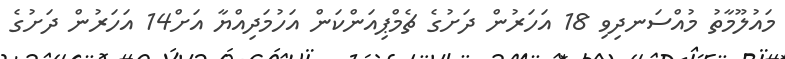
މައުލޫމާތު މުއްސަނދިވި 18 އަހަރުން ދަށުގެ ޗެމްޕިއަންކަން އަހުމަދިއްޔާ އަށް14 އަހަރުން ދަށުގެ